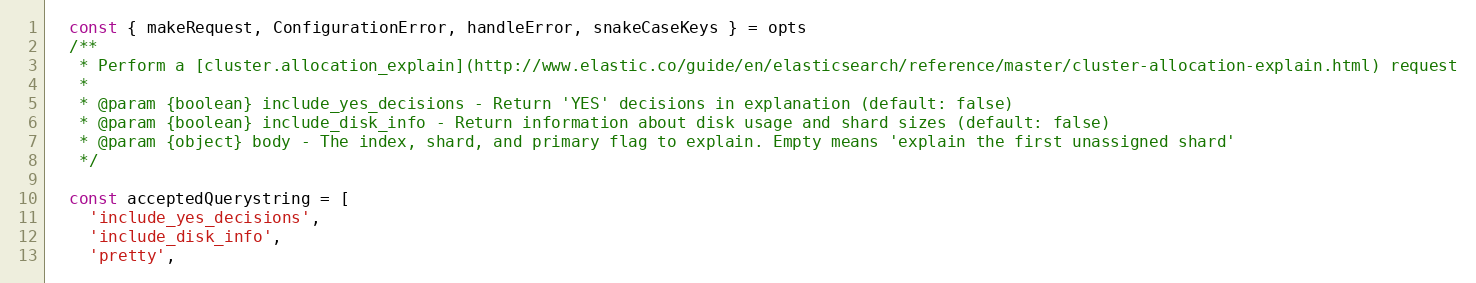
Language: JavaScript
  const { makeRequest, ConfigurationError, handleError, snakeCaseKeys } = opts
  /**
   * Perform a [cluster.allocation_explain](http://www.elastic.co/guide/en/elasticsearch/reference/master/cluster-allocation-explain.html) request
   *
   * @param {boolean} include_yes_decisions - Return 'YES' decisions in explanation (default: false)
   * @param {boolean} include_disk_info - Return information about disk usage and shard sizes (default: false)
   * @param {object} body - The index, shard, and primary flag to explain. Empty means 'explain the first unassigned shard'
   */

  const acceptedQuerystring = [
    'include_yes_decisions',
    'include_disk_info',
    'pretty',